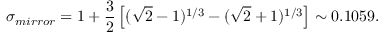
\sigma _ { m i r r o r } = 1 + \frac { 3 } { 2 } \left[ ( \sqrt { 2 } - 1 ) ^ { 1 / 3 } - ( \sqrt { 2 } + 1 ) ^ { 1 / 3 } \right] \sim 0 . 1 0 5 9 .